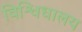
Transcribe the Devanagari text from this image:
विश्विधालय